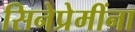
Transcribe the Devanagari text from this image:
सिनेप्रेमींना